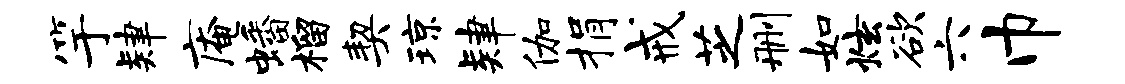
竽肄庵蟠榴契琼肄伽捐戒芝删如炫欲六巾